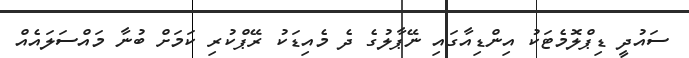
ސައުދީ ޑިޕްލޮމެޓަކު އިންޑިއާގައި ނޭޕާލުގެ ދެ މެއިޑަކު ރޭޕްކުރި ކަމަށް ބުނާ މައްސަލައެއް